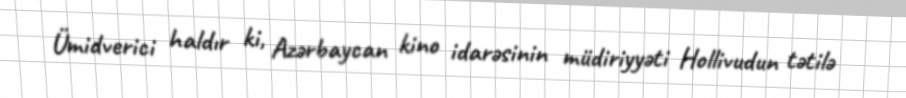
Ümidverici haldır ki, Azərbaycan kino idarəsinin müdiriyyəti Hollivudun tətilə